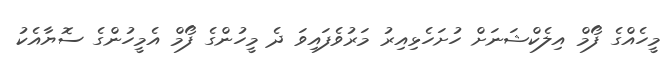
މީހެއްގެ ފޯމް އިލެކްޝަނަށް ހުށަހެޅިއިރު މަރުވެފައިވަ ދެ މީހުންގެ ފޯމް އެމީހުންގެ ސޮޔާއެކު